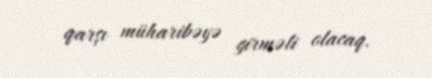
qarşı müharibəyə girməli olacaq.